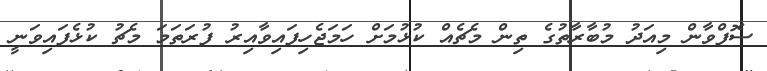
ސޮފްވާން މިއަދު މުބާރާތުގެ ތިން މެޗެއް ކުޅުމަށް ހަމަޖެހިފައިވާއިރު ފުރަތަމަ މެޗު ކުޅެފައިވަނީ